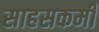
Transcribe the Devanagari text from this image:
साहसकर्मी